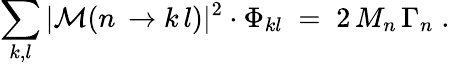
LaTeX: \sum_{k,l}|{\cal M}(n\, \to k\, l)|^{2}\cdot\Phi_{kl}\; =\; 2\, M_{n}\, \Gamma_{n}\; .